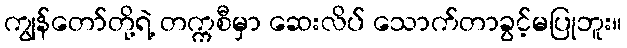
ကျွန်တော်တို့ရဲ့ တက္ကစီမှာ ဆေးလိပ် သောက်တာခွင့်မပြုဘူး။